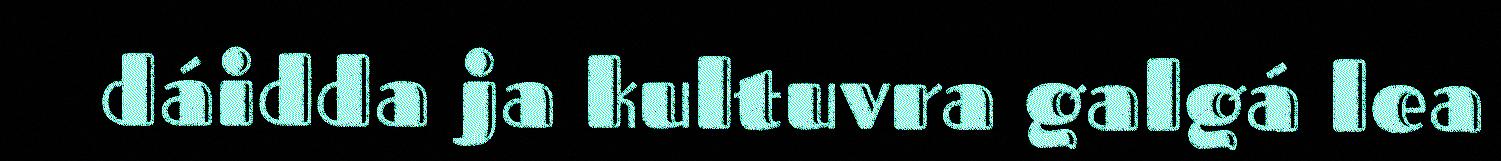
dáidda ja kultuvra galgá lea